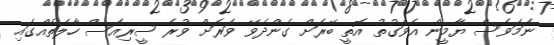
ނަމަވެސް ޔާމީން އެވަގުތު އޮތީ ބޭރަށް ގެންދެވޭ ވަރަށް ވުރެ ސީރިއަސް ހާލަތެއްގައި